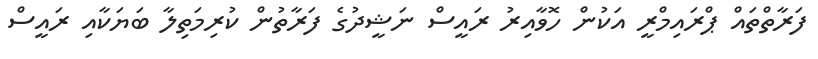
ފަރާތްތައް ޕްރައިމްރީ އަކުން ހޮވާއިރު ރައީސް ނަޝީދުގެ ފަރާތުން ކުރިމަތިލާ ބަޔަކާއި ރައީސް